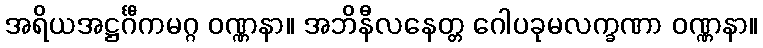
အရိယအဋ္ဌင်္ဂီကမဂ္ဂ ဝဏ္ဏနာ။ အဘိနီလနေတ္တ ဂေါပခုမလက္ခဏာ ဝဏ္ဏနာ။